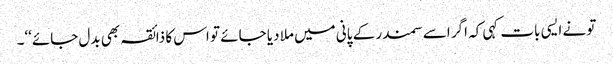
تو نے ایسی بات کہی کہ اگر اسے سمندر کے پانی میں ملا دیا جائے تو اس کا ذائقہ بھی بدل جائے‘‘۔